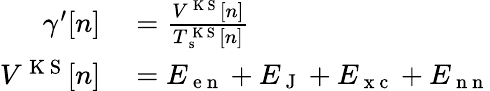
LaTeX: \begin{array}{rl}{\gamma^{\prime}[n]}&{{}=\frac{V^{\mathrm{~K~S~}}[n]}{T_{\mathrm{~s~}}^{\mathrm{~K~S~}}[n]}}\\ {V^{\mathrm{~K~S~}}[n]}&{{}=E_{\mathrm{~e~n~}}+E_{\mathrm{~J~}}+E_{\mathrm{~x~c~}}+E_{\mathrm{~n~n~}}}\end{array}